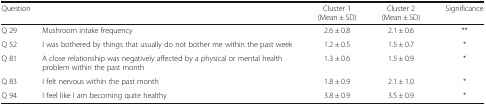
<table><thead><tr><td colspan="2"><b>Question</b></td><td><b>Cluster 1(Mean ± SD)</b></td><td><b>Cluster 2(Mean ± SD)</b></td><td><b>Significance</b></td></tr></thead><tbody><tr><td>Q 29</td><td>Mushroom intake frequency</td><td>2.6 ± 0.8</td><td>2.1 ± 0.6</td><td>**</td></tr><tr><td>Q 52</td><td>I was bothered by things that usually do not bother me within the past week</td><td>1.2 ± 0.5</td><td>1.5 ± 0.7</td><td>*</td></tr><tr><td>Q 81</td><td>A close relationship was negatively affected by a physical or mental health problem within the past month</td><td>1.3 ± 0.6</td><td>1.5 ± 0.9</td><td>*</td></tr><tr><td>Q 83</td><td>I felt nervous within the past month</td><td>1.8 ± 0.9</td><td>2.1 ± 1.0</td><td>*</td></tr><tr><td>Q 94</td><td>I feel like I am becoming quite healthy</td><td>3.8 ± 0.9</td><td>3.5 ± 0.9</td><td>*</td></tr></tbody></table>